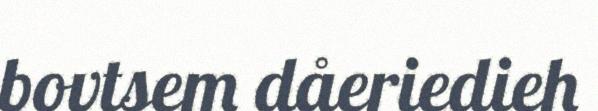
bovtsem dåeriedieh